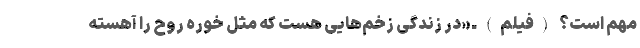
مهم است؟ (فیلم) ـ «در زندگی زخم‌هایی هست که مثل خوره روح را آهسته